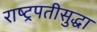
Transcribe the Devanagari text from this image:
राष्ट्रपतीसुद्धा